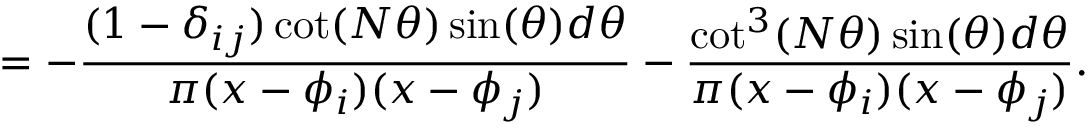
= - \frac { ( 1 - \delta _ { i j } ) \cot ( N \theta ) \sin ( \theta ) d \theta } { \pi ( x - \phi _ { i } ) ( x - \phi _ { j } ) } - \frac { \cot ^ { 3 } ( N \theta ) \sin ( \theta ) d \theta } { \pi ( x - \phi _ { i } ) ( x - \phi _ { j } ) } .